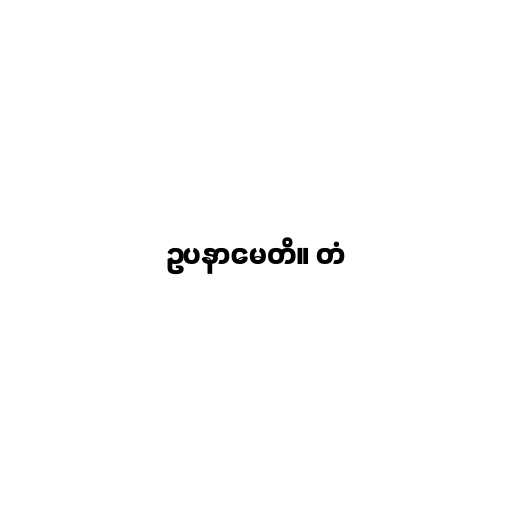
ဥပနာမေတိ။ တံ